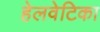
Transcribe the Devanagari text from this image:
हेलवेटिका